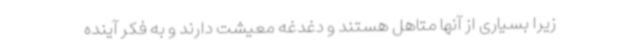
زیرا بسیاری از آنها متاهل هستند و دغدغه معیشت دارند و به فکر آینده